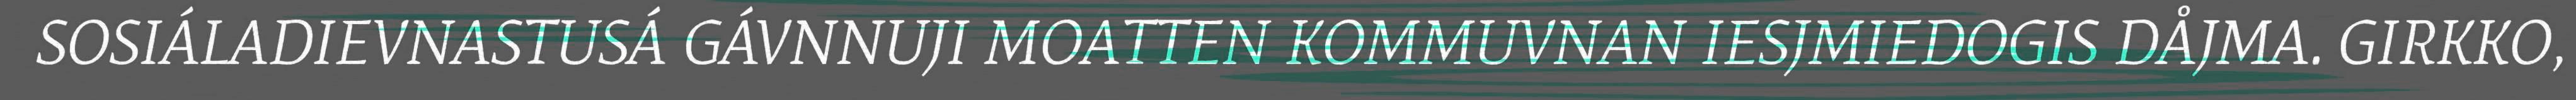
SOSIÁLADIEVNASTUSÁ GÁVNNUJI MOATTEN KOMMUVNAN IESJMIEDOGIS DÅJMA. GIRKKO,